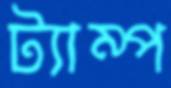
ট্যাম্প